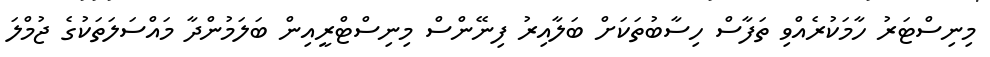
މިނިސްޓަރު ހާމަކުރެއްވި ތަފާސް ހިސާބުތަކަށް ބަލާއިރު ފިނޭންސް މިނިސްޓްރީއިން ބަލަމުންދާ މައްސަލަތަކުގެ ޖުމްލަ